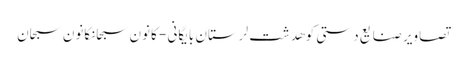
تصاویر صنایع دستی کوهدشت لرستان بایگانی - کانون سبحانکانون سبحان